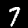
Label: 7